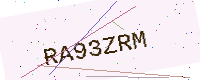
Text: RA93ZRM